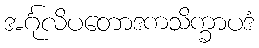
အင်္ဂုလိပတောဒကသိက္ခာပဒံ